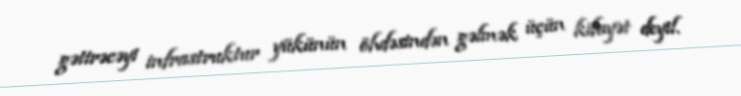
gətirəcəyi infrastruktur yükünün öhdəsindən gəlmək üçün kifayət deyil.